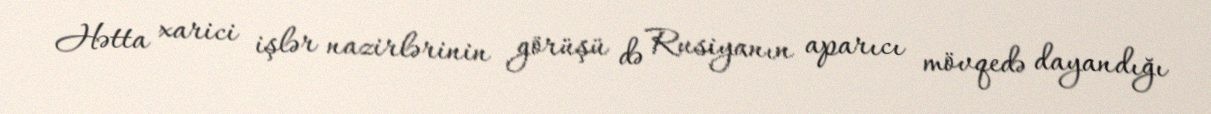
Hətta xarici işlər nazirlərinin görüşü də Rusiyanın aparıcı mövqedə dayandığı